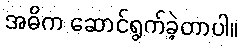
အဓိက ဆောင်ရွက်ခဲ့တာပါ။